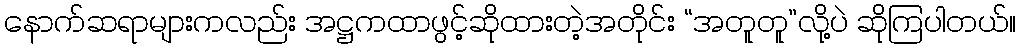
နောက်ဆရာများကလည်း အဋ္ဌကထာဖွင့်ဆိုထားတဲ့အတိုင်း “အတူတူ”လို့ပဲ ဆိုကြပါတယ်။